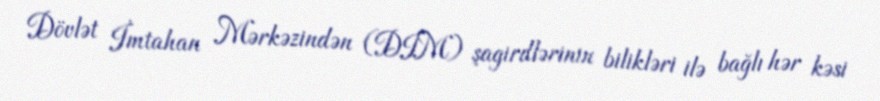
Dövlət İmtahan Mərkəzindən (DİM) şagirdlərinin bilikləri ilə bağlı hər kəsi